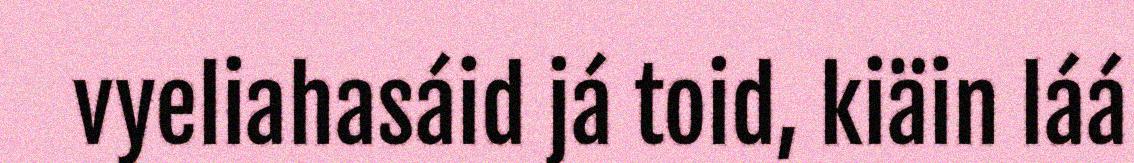
vyeliahasáid já toid, kiäin láá